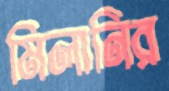
মিলানির